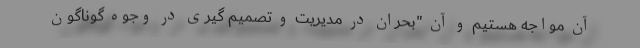
آن مواجه هستیم و آن "بحران در مدیریت و تصمیم گیری در وجوه گوناگون